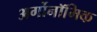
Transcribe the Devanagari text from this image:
अर्गोनॉमिक